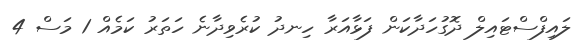
ލައިފްސްޓައިލް ދޮގުހަދާކަން ފަޅާއަރާ ހިނދު ކުރެވިދާނެ ހަތަރު ކަމެއް 1 މަސް 4